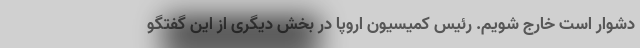
دشوار است خارج شویم. رئیس کمیسیون اروپا در بخش دیگری از این گفتگو